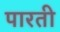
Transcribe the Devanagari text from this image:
पारती